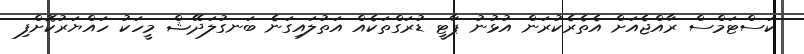
ކަސްޓަމްސް ރާއްޖެއަށް އެތެރެކުރަން އުޅުނު ޕާޓީ ޑުރަގްތަކެއް އަތުލައިގަނެ ބަނގުލަދޭޝް މީހަކު ހައްޔަރުކޮށްފި